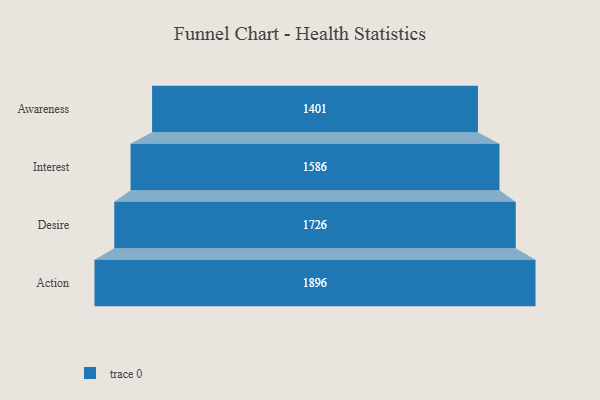
{"axis": {"x": "Stage", "y": "Value"}, "legend": [""], "data": [{"x": "Awareness", "y": 1401.0, "type": ""}, {"x": "Interest", "y": 1586.0, "type": ""}, {"x": "Desire", "y": 1726.0, "type": ""}, {"x": "Action", "y": 1896.0, "type": ""}]}